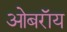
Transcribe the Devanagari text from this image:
ओबराॅय